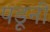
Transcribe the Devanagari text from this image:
पडूनी